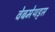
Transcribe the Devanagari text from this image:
वेबमेथड्स